Lui_Olesk, lk 13
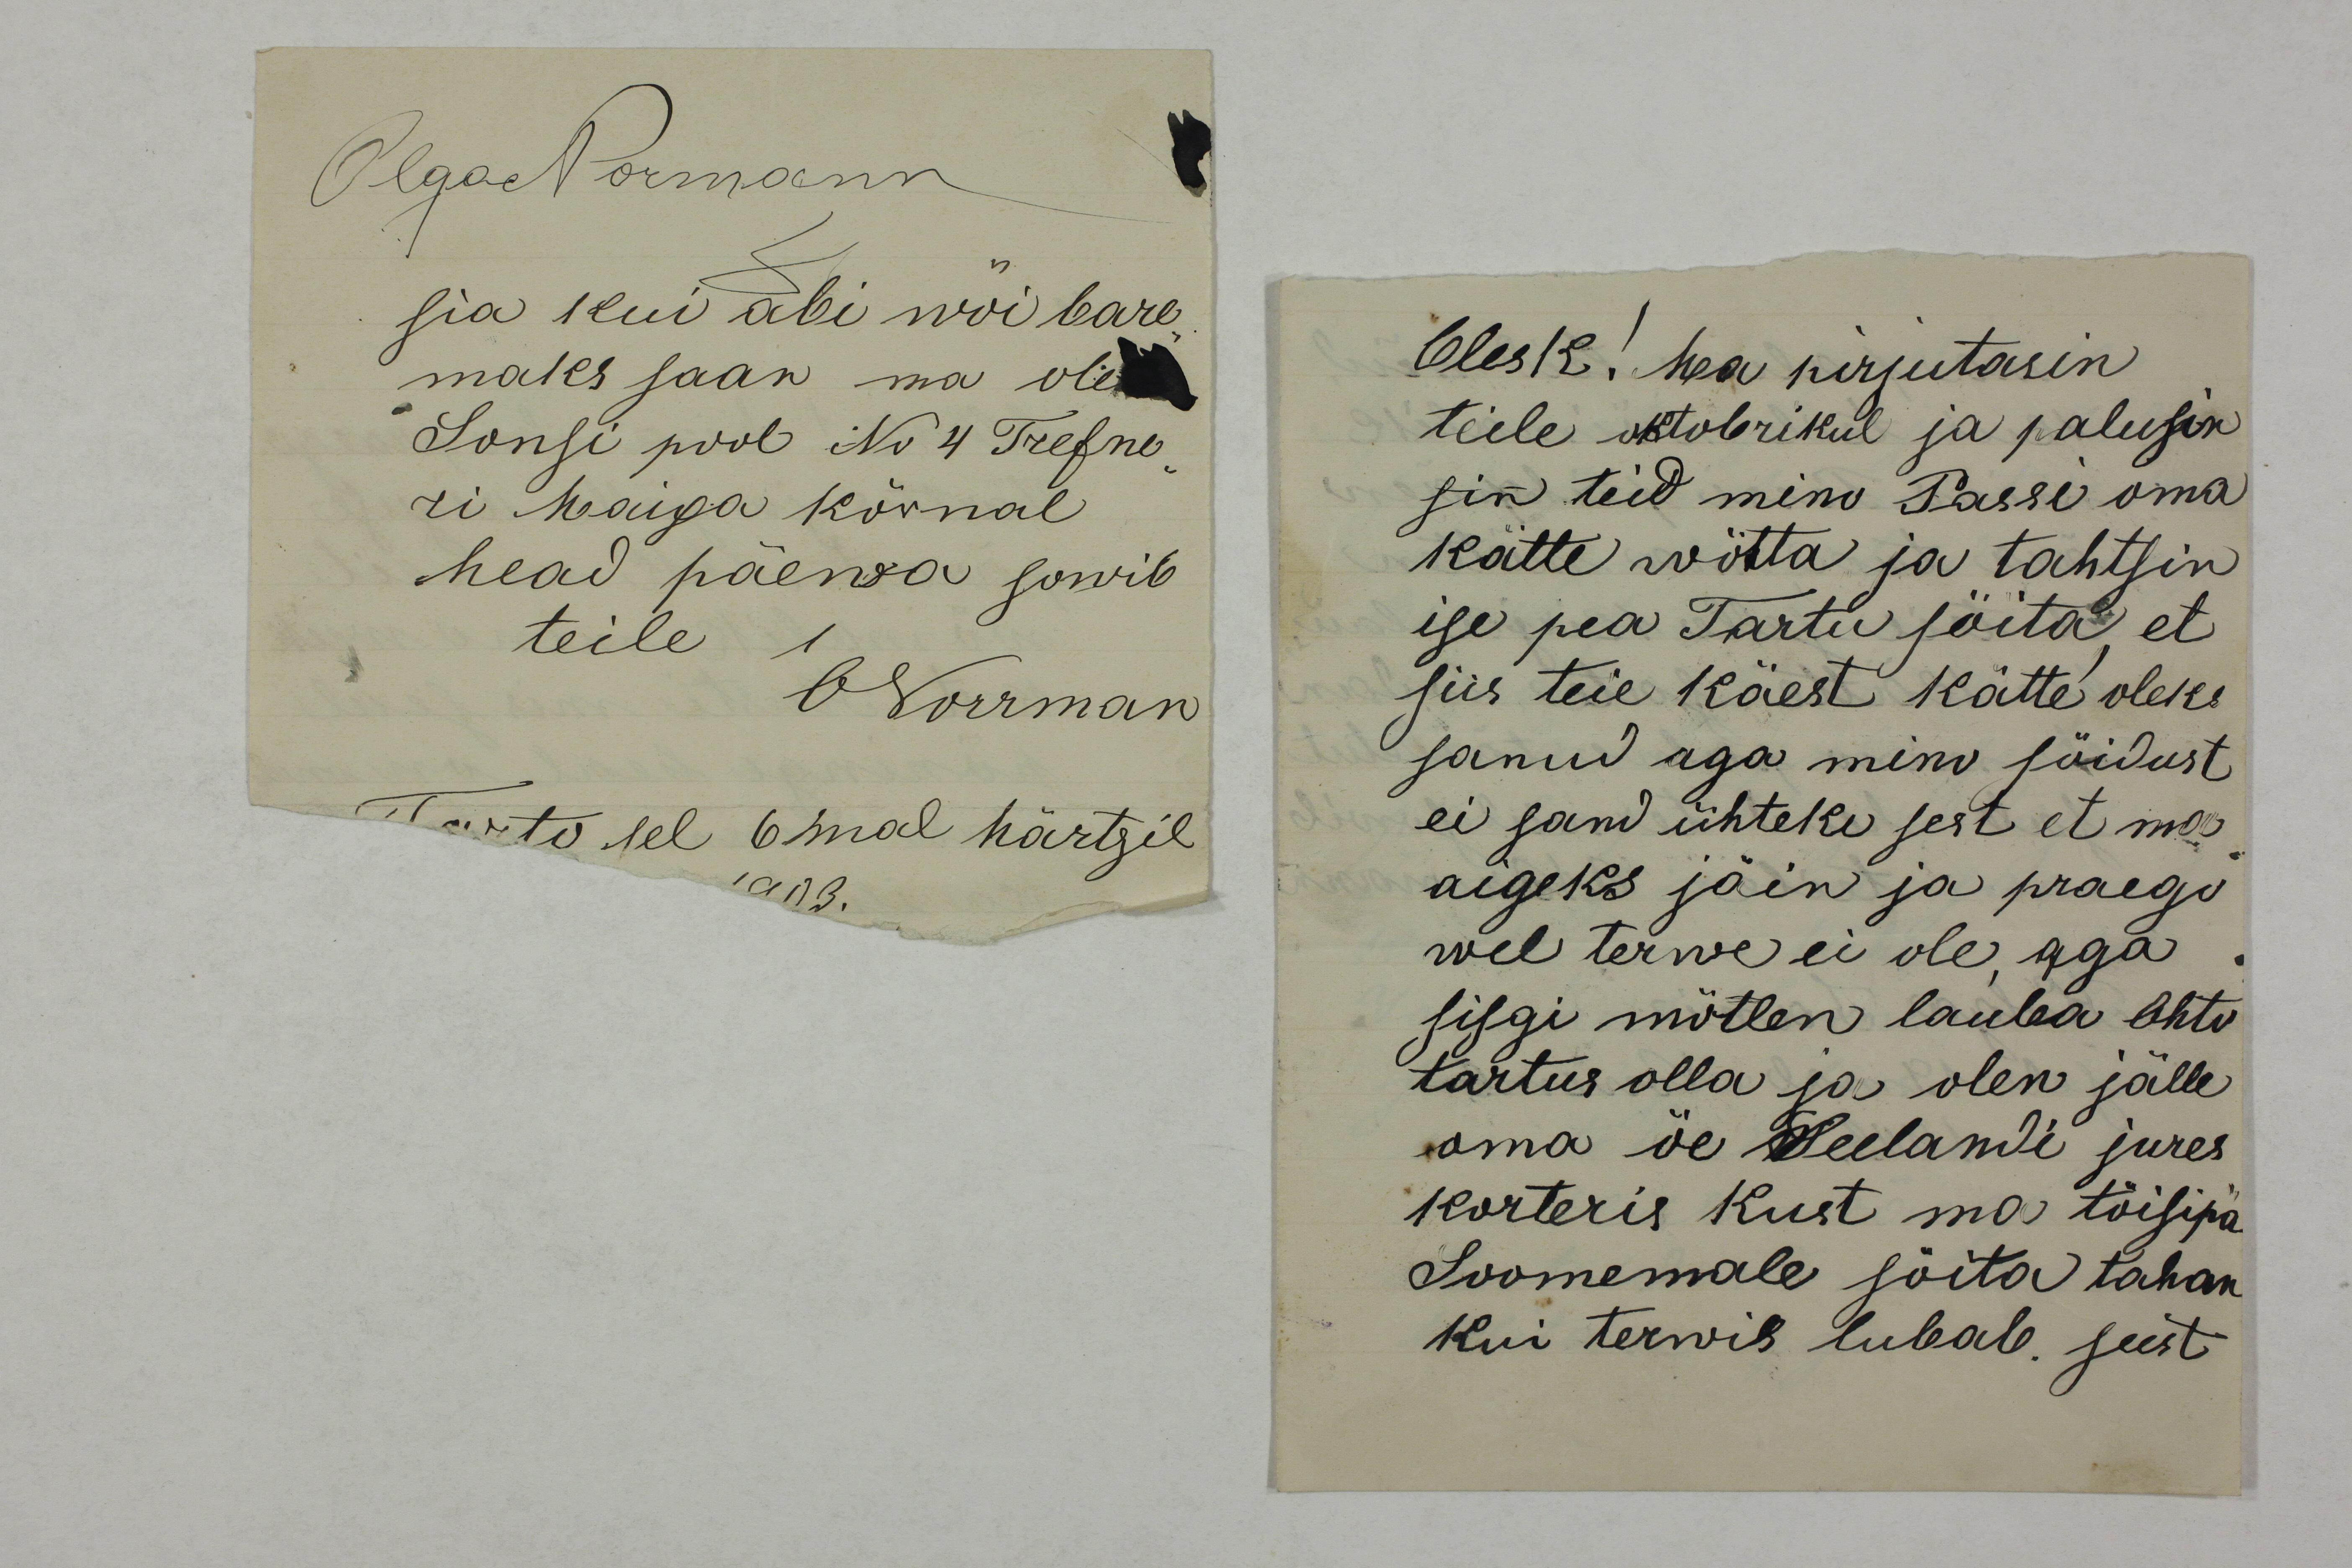
Olga Normann
sia kui abi wõi bare-
maks saan ma ole
Sonsi pool No 4 Trefne-
ri Maija kõrwal
head päewa sowib 
teile
O Norrman
Tarto sel 6mal Märtzil
1903.

Olesk! Ma kirjutasin
teile oktobrikul ja palusin
sin teid mino Passi oma
kätte vötta ja tahtsin
ise pea Tartu söita, et 
siis teie käest kätte oleks
sanud aga minu sõidust
ei sand ühteki sest et ma
aigeks jäin ja praego
wel terve ei ole, aga 
sisgi mõtlen lauba Ohtu
tartus olla ja olen jälle
oma öe Seelandi jures
korteris Kust ma tõisipä
Soomemale sõita tahan
kui tervis lubab. seest